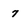
Character: 7